Leaving Certificate Examination, 1920, 1920
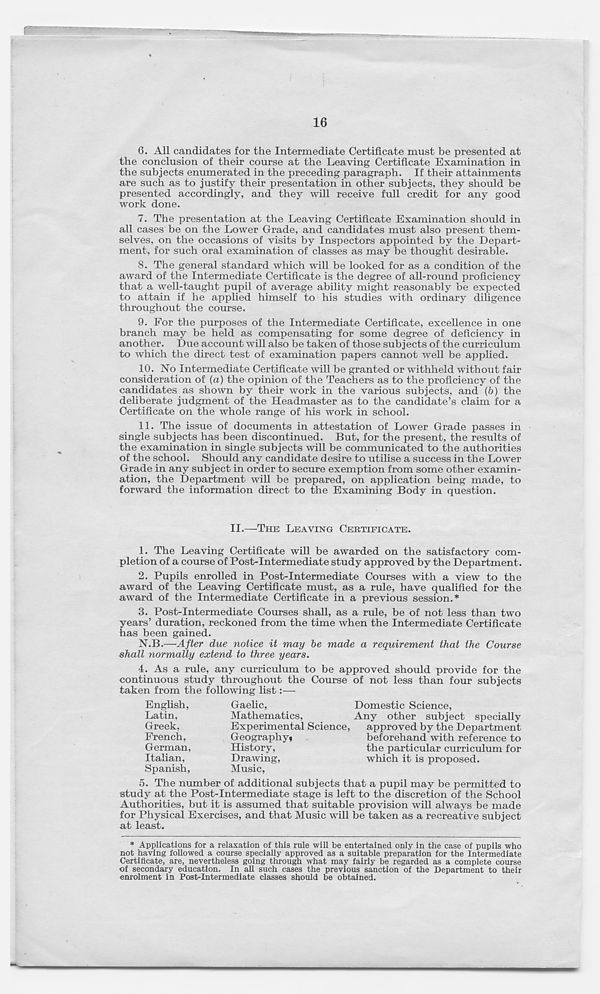
16
6. All candidates for the Intermediate Certificate must be presented at
the conclusion of their course at the Leaving Certificate Examination in
the subjects enumerated in the preceding paragraph. If their attainments
are such as to justify their presentation in other subjects, they should be
presented accordingly, and they will receive full credit for any good
work done.
7. The presentation at the Leaving Certificate Examination should in
all cases be on the Lower Grade, and candidates must also present them-
selves, on the occasions of visits by Inspectors appointed by the Depart-
ment, for such oral examination of classes as may be thought desirable.
8. The general standard which will be looked for as a condition of the
award of the Intermediate Certificate is the degree of all-round proficiency
that a well-taught pupil of average ability might reasonably be expected
to attain if he applied himself to his studies with ordinary diligence
throughout the course.
9. For the purposes of the Intermediate Certificate, excellence in one
branch may be held as compensating for some degree of deficiency in
another. Due account will also be taken of those subjects of the curriculum
to which the direct test of examination papers cannot well be applied.
10. No Intermediate Certificate will be granted or withheld without fair
consideration of (a) the opinion of the Teachers as to the proficiency of the
candidates as shown by their work in the various subjects, and (6) the
deliberate judgment of the Headmaster as to the candidate’s claim for a
Certificate on the whole range of his work in school.
11. The issue of documents in attestation of Lower Grade passes in
single subjects has been discontinued. But, for the present, the results of
the examination in single subjects will be communicated to the authorities
of the school. Should any candidate desire to utilise a success in the Lower
Grade in any subject in order to secure exemption from some other examin-
ation, the Department will be prepared, on application being made, to
forward the information direct to the Examining Body in question.
II.—THE LEAVING CERTIFICATE.
1. The Leaving Certificate will be awarded on the satisfactory com-
pletion of a course of Post-Intermediate study approved by the Department.
2. Pupils enrolled in Post-Intermediate Courses with a view to the
award of the Leaving Certificate must, as a rule, have qualified for the
award of the Intermediate Certificate in a previous session.*
3. Post-Intermediate Courses shall, as a rule, be of not less than two
years’ duration, reckoned from the time when the Intermediate Certificate
has been gained.
N.B.—-After due notice it may be made a requirement that the Course
shall normally extend to three years.
4. As a rule, any curriculum to be approved should provide for the
continuous study throughout the Course of not less than four subjects
taken from the following list:—-
English,
Latin,
Greek,
French,
German,
Italian,
Spanish,
Gaelic,
Domestic Science,
Mathematics,
Any other subject specially
Experimental Science,
approved by the Department
Geographyf
beforehand with reference to
History,
the particular curriculum for
Drawing,
which it is proposed.
Music,
5.
The number of additional su
study at the Post-Intermediate stage is left to the discretion of the School
Authorities, but it is assumed that suitable provision will always be made
for Physical Exercises, and that Music will be taken as a recreative subject
at least.
* Applications for a relaxation of this rule will be entertained only in the case of pupils who
not having followed a course specially approved as a suitable preparation for the Intermediate
Certificate, are, nevertheless going through what may fairly be regarded as a complete course
of secondary education. In aE such cases the previous sanction of the Department to their
enrolment in Post-Intermediate classes should be obtained.